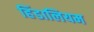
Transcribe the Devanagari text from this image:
हिंडालियम